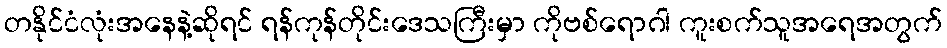
တနိုင်ငံလုံးအနေနဲ့ဆိုရင် ရန်ကုန်တိုင်းဒေသကြီးမှာ ကိုဗစ်ရောဂါ ကူးစက်သူအရေအတွက်